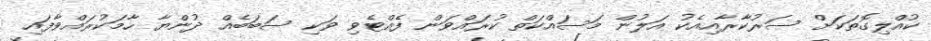
ކުއްލިގޮތަކަށް ސަރުކާރާއިއެކު އަލުން މަސައްކަތް ކުރައްވަން ފެއްޓެވި ވަކި ސަބަބެއް ދުންޔާ ހާމަކުރައްވާފައި